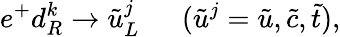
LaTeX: e^{+}d_{R}^{k}\rightarrow\tilde{u}_{L}^{j}~~~~~~(\tilde{u}^{j}=\tilde{u},\tilde{c},\tilde{t}),